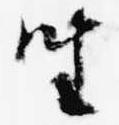
座